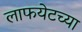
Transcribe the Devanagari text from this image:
लाफयेटच्या